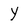
Character: y